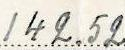
142.52